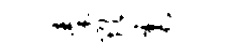
秦欺震